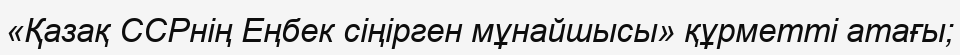
«Қазақ ССРнің Еңбек сіңірген мұнайшысы» құрметті атағы;